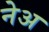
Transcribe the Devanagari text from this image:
नेअ